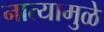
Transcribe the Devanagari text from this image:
नात्यामुळे